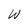
Character: W